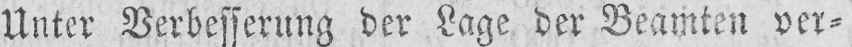
Unter Verbesserung der Lage der Beamten ver⸗